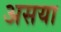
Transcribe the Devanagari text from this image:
असया